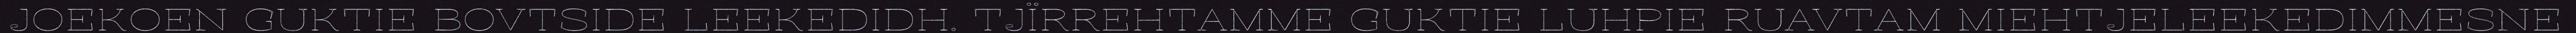
JOEKOEN GUKTIE BOVTSIDE LEEKEDIDH. TJÏRREHTAMME GUKTIE LUHPIE RUAVTAM MIEHTJELEEKEDIMMESNE